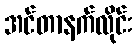
အင်တာနက်လိုင်း